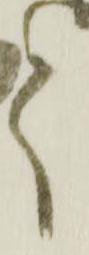
て